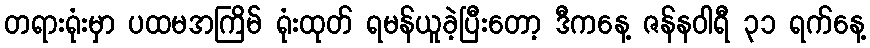
တရားရုံးမှာ ပထမအကြိမ် ရုံးထုတ် ရမန်ယူခဲ့ပြီးတော့ ဒီကနေ့ ဇန်နဝါရီ ၃၁ ရက်နေ့